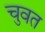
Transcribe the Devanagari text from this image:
चुवत